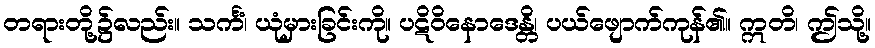
တရားတို့၌လည်း။ သင်္ကံ၊ ယုံမှားခြင်းကို။ ပဋိဝိနောဒေန္တိ၊ ပယ်ဖျောက်ကုန်၏။ ဣတိ၊ ဤသို့။